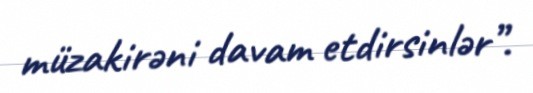
müzakirəni davam etdirsinlər”.